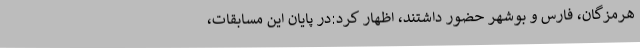
هرمزگان، فارس و بوشهر حضور داشتند، اظهار کرد:در پایان این مسابقات،